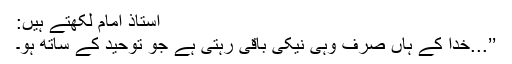
استاذ امام لکھتے ہیں:
’’...خدا کے ہاں صرف وہی نیکی باقی رہتی ہے جو توحید کے ساتھ ہو۔